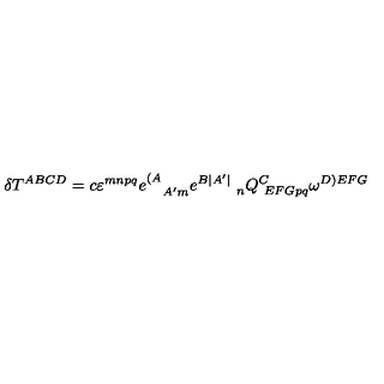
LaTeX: \delta T ^ { A B C D } = c \varepsilon ^ { m n p q } e _ { \quad A ^ { \prime } m } ^ { ( A } e _ { \qquad \ n } ^ { B | A ^ { \prime } | } Q _ { \ E F G p q } ^ { C } \omega ^ { D ) E F G } \label y